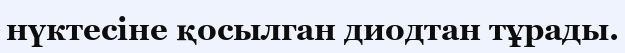
нүктесіне қосылган диодтан тұрады.